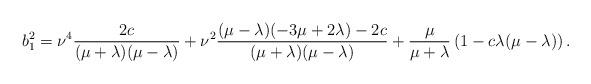
LaTeX: \begin{align*}b_{1}^{2}=\nu^{4}\displaystyle\frac{2c}{(\mu+\lambda)(\mu-\lambda)}+\nu^{2}\displaystyle\frac{(\mu-\lambda)(-3\mu+2\lambda)-2c}{(\mu+\lambda)(\mu-\lambda)}+\displaystyle\frac{\mu}{\mu+\lambda}\left(1-c\lambda(\mu-\lambda)\right).\end{align*}